Civil Veterinary Department Bengal reports 1923-33 - 1923-1933
Year: 1923
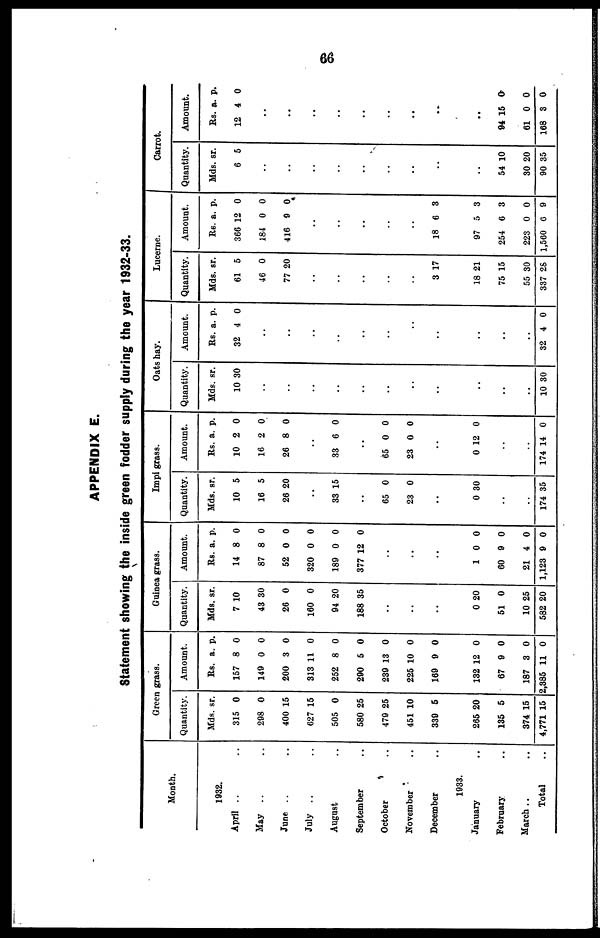
66
APPENDIX E.
Statement showing the inside green fodder supply during the year 1932-33.
Month.
1932.
April .. ..
May .. ..
June .. ..
July .. ..
August ..
September ..
October ..
November ..
December ..
1933.
January ..
February ..
March .. ..
Total ..
Green
grass.
Quantity.
Mds.
315
298
400
627
505
580
479
451
339
265
135
374
4,771
sr.
0
0
15
15
0
25
25
10
5
20
5
15
15
Amount.
Rs.
157
149
200
313
252
290
239
225
169
132
67
187
2,385
a.
8
0
3
11
8
5
13
10
9
12
9
3
11
p.
0
0
0
0
0
0
0
0
0
0
0
0
0
Guinea grass.
Quantity.
Mds.
7
43
26
160
94
188
sr.
10
30
0
0
20
35
..
..
..
0
51
10
582
20
0
25
20
Amount.
Rs.
14
87
52
320
189
377
a.
8
8
0
0
0
12
p.
0
0
0
0
0
0
..
..
..
1
60
21
1,123
0
9
4
9
0
0
0
0
Impi grass.
Quantity.
Mds.
10
16
26
sr.
5
5
20
..
33 15
..
65
23
0
0
..
0 30
..
..
174 35
Amount.
Rs.
10
16
26
a.
2
2
8
p.
0
0
0
..
33 6 0
..
65
23
0
0
0
0
..
0 12 0
..
..
174 14 0
Oats hay.
Quantity.
Mds.
10
sr.
30
..
..
..
..
..
..
..
..
..
..
..
10 3 0
Amount.
Rs.
32
a.
4
p.
0
..
..
..
..
..
..
..
..
..
..
..
32 4 0
Lucerne.
Quantity.
Mds.
61
46
77
sr.
5
0
20
..
..
..
..
..
3
18
75
55
337
17
21
15
30
28
Amount.
Rs.
366
184
416
a.
12
0
9
p.
0
0
0
..
..
..
..
..
18
97
254
223
1,560
6
5
6
0
6
3
3
3
0
9
Carrot.
Quantity.
Mds.
6
sr.
5
..
..
..
..
..
..
..
..
..
54
30
90
10
20
35
Amount.
Rs.
12
a.
4
p.
0
..
..
..
..
..
..
..
..
..
94
61
168
15
0
3
0
0
0